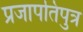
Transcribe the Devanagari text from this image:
प्रजापतिपुत्र